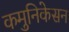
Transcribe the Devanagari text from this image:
कमुनिकेसन